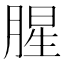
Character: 腥